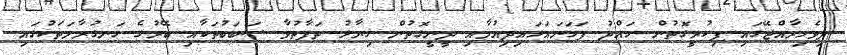
ދިވެހިރާއްޖޭގައި ފިކުރީގޮތުން ހައްދު ފަހަނައަޅައިދިއުމާއި ދީނީގޮތުން ޚިޔާލު ތަފާތުވާ ސަބަބުތަކާއި ބޭރުގެ ހަނގުރާމަތަކުގައި